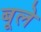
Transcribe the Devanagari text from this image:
बूले